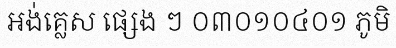
អង់គ្លេស ផ្សេង ៗ ០៣០១០៤០១ ភូមិ